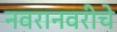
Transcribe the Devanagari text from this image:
नवरानवरीचे